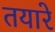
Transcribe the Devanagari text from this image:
तयारे